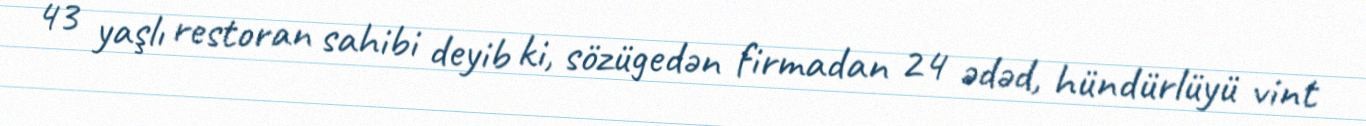
43 yaşlı restoran sahibi deyib ki, sözügedən firmadan 24 ədəd, hündürlüyü vint